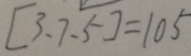
[ 3 、 7 、 5 ] = 1 0 5